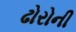
ઢોરોની